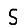
Digit: 5